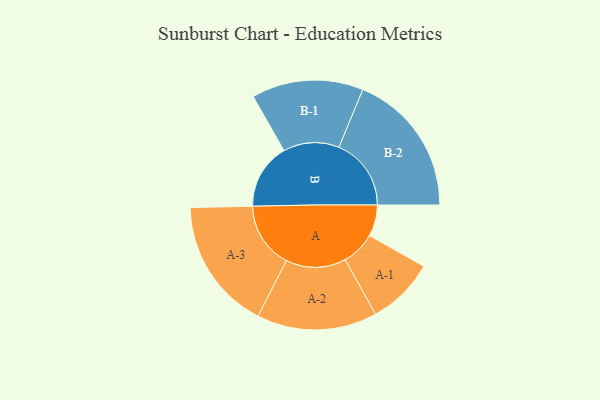
{"axis": {"x": "Segment", "y": "Value"}, "legend": ["", "A", "B"], "data": [{"x": "A", "y": 126, "type": ""}, {"x": "B", "y": 264, "type": ""}, {"x": "A-1", "y": 136, "type": "A"}, {"x": "A-2", "y": 241, "type": "A"}, {"x": "A-3", "y": 265, "type": "A"}, {"x": "B-1", "y": 224, "type": "B"}, {"x": "B-2", "y": 290, "type": "B"}]}